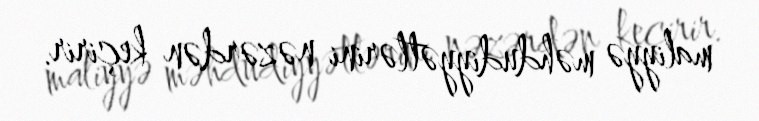
maliyyə məhdudiyyətlərini nəzərdən keçirir.